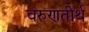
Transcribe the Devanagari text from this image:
वरुणतीर्थ